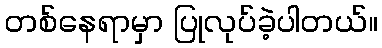
တစ်နေရာမှာ ပြုလုပ်ခဲ့ပါတယ်။